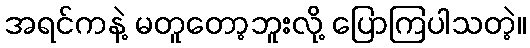
အရင်ကနဲ့ မတူတော့ဘူးလို့ ပြောကြပါသတဲ့။